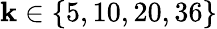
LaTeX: \mathbf{k}\in\{ 5,10,20,36\}